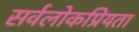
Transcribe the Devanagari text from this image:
सर्वलोकप्रियता